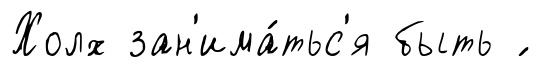
Холх зан'има́тьс'я быть ́